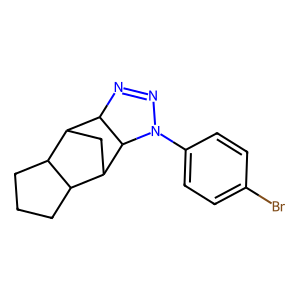
SMILES: Brc1ccc(N2N=NC3C4CC(C5CCCC54)C32)cc1
Inhibits HIV replication: No